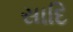
સાદિ